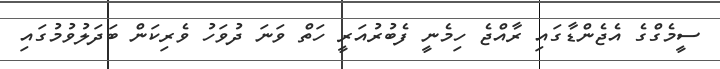
ސީމެގްގެ އެޖެންޑާގައި ރާއްޖެ ހިމެނީ ފެބުރުއަރީ ހަތް ވަނަ ދުވަހު ވެރިކަން ބަދަލުވުމުގައި